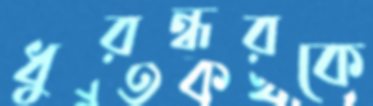
ধুরন্ধরকে